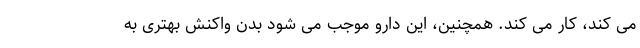
می کند، کار می کند. همچنین، این دارو موجب می شود بدن واکنش بهتری به